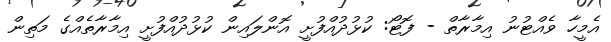
އެމީހާ ވެއްޓުނު އިމާރާތް - ފޮޓޯ: ކުޅުދުއްފުށީ އޮންލައިން ކުޅުދުއްފުށީ އިމާރާތެއްގެ މަތިން